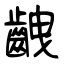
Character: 齥